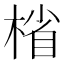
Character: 㮐